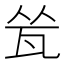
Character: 𬎧